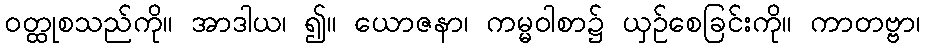
ဝတ္ထုစသည်ကို။ အာဒါယ၊ ၍။ ယောဇနာ၊ ကမ္မဝါစာ၌ ယှဉ်စေခြင်းကို။ ကာတဗ္ဗာ၊